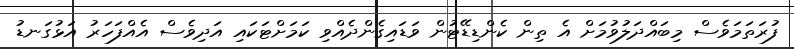
ފުރަތަމަވެސް މިބައްދަލުވުމަށް އެ ތިން ކެންޑިޑޭޓުން ވަޑައިގެންދެއްވި ކަމަށްޓަކައި އަދިވެސް އެއްފަހަރު އަޅުގަނޑު